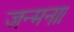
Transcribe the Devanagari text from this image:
जन्मना।